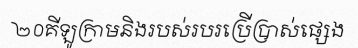
២០គីឡូក្រាមនិងរបស់របរប្រើប្រាស់ផ្សេង